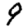
Digit: 9